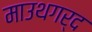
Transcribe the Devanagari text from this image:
माउथगर्द